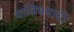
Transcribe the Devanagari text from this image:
याविषयाची